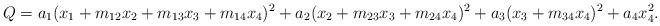
LaTeX: \begin{align*}Q = a_{1} (x_{1} + m_{12} x_{2} + m_{13} x_{3} + m_{14} x_{4})^{2}+ a_{2} (x_{2} + m_{23} x_{3} + m_{24} x_{4})^{2} + a_{3} (x_{3} + m_{34} x_{4})^{2}+ a_{4} x_{4}^{2}.\end{align*}